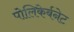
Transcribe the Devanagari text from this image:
पोलिकेर्बनेट